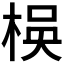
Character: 𬃃